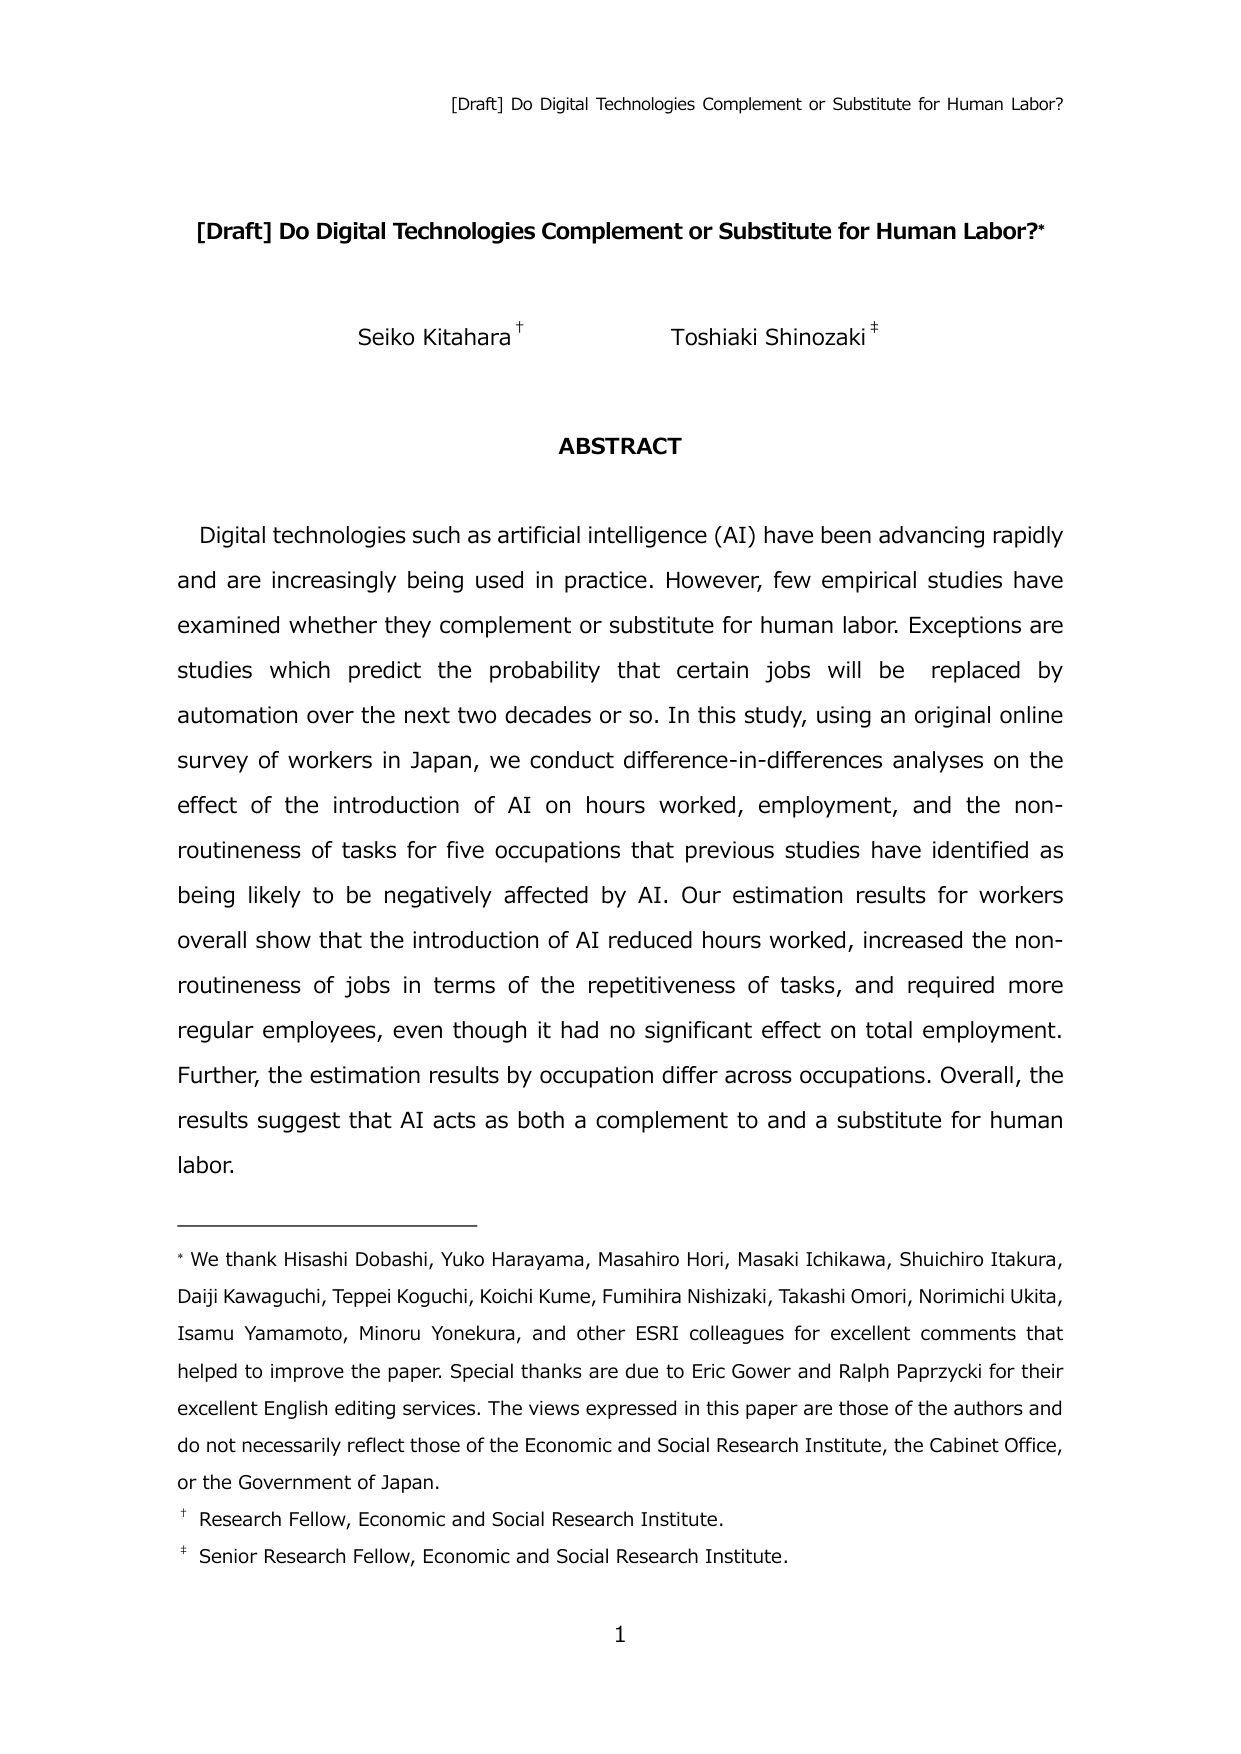
[Draft] Do Digital Technologies Complement or Substitute for Human Labor?

[Draft] Do Digital Technologies Complement or Substitute for Human Labor?*

Seiko Kitahara †
Toshiaki Shinozaki ‡

ABSTRACT

Digital technologies such as artificial intelligence (AI) have been advancing rapidly and are increasingly being used in practice. However, few empirical studies have examined whether they complement or substitute for human labor. Exceptions are studies which predict the probability that certain jobs will be replaced by automation over the next two decades or so. In this study, using an original online survey of workers in Japan, we conduct difference-in-differences analyses on the effect of the introduction of AI on hours worked, employment, and the non-routineness of tasks for five occupations that previous studies have identified as being likely to be negatively affected by AI. Our estimation results for workers overall show that the introduction of AI reduced hours worked, increased the non-routineness of jobs in terms of the repetitiveness of tasks, and required more regular employees, even though it had no significant effect on total employment. Further, the estimation results by occupation differ across occupations. Overall, the results suggest that AI acts as both a complement to and a substitute for human labor.

* We thank Hisashi Dobashi, Yuko Harayama, Masahiro Hori, Masaki Ichikawa, Shuichiro Itakura, Daiji Kawaguchi, Teppei Koguchi, Koichi Kume, Fumihira Nishizaki, Takashi Omori, Norimichi Ukita, Isamu Yamamoto, Minoru Yonekura, and other ESRI colleagues for excellent comments that helped to improve the paper. Special thanks are due to Eric Gower and Ralph Paprzycki for their excellent English editing services. The views expressed in this paper are those of the authors and do not necessarily reflect those of the Economic and Social Research Institute, the Cabinet Office, or the Government of Japan.

† Research Fellow, Economic and Social Research Institute.
‡ Senior Research Fellow, Economic and Social Research Institute.

1